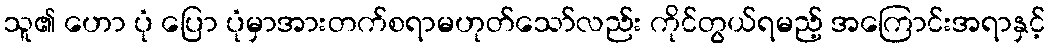
သူ၏ ဟော ပုံ ပြော ပုံမှာအားတက်စရာမဟုတ်သော်လည်း ကိုင်တွယ်ရမည့် အကြောင်းအရာနှင့်